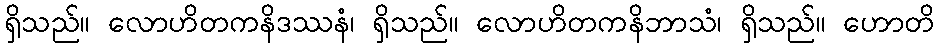
ရှိသည်။ လောဟိတကနိဒဿနံ၊ ရှိသည်။ လောဟိတကနိဘာသံ၊ ရှိသည်။ ဟောတိ